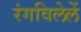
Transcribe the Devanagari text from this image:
रंगविलेलें